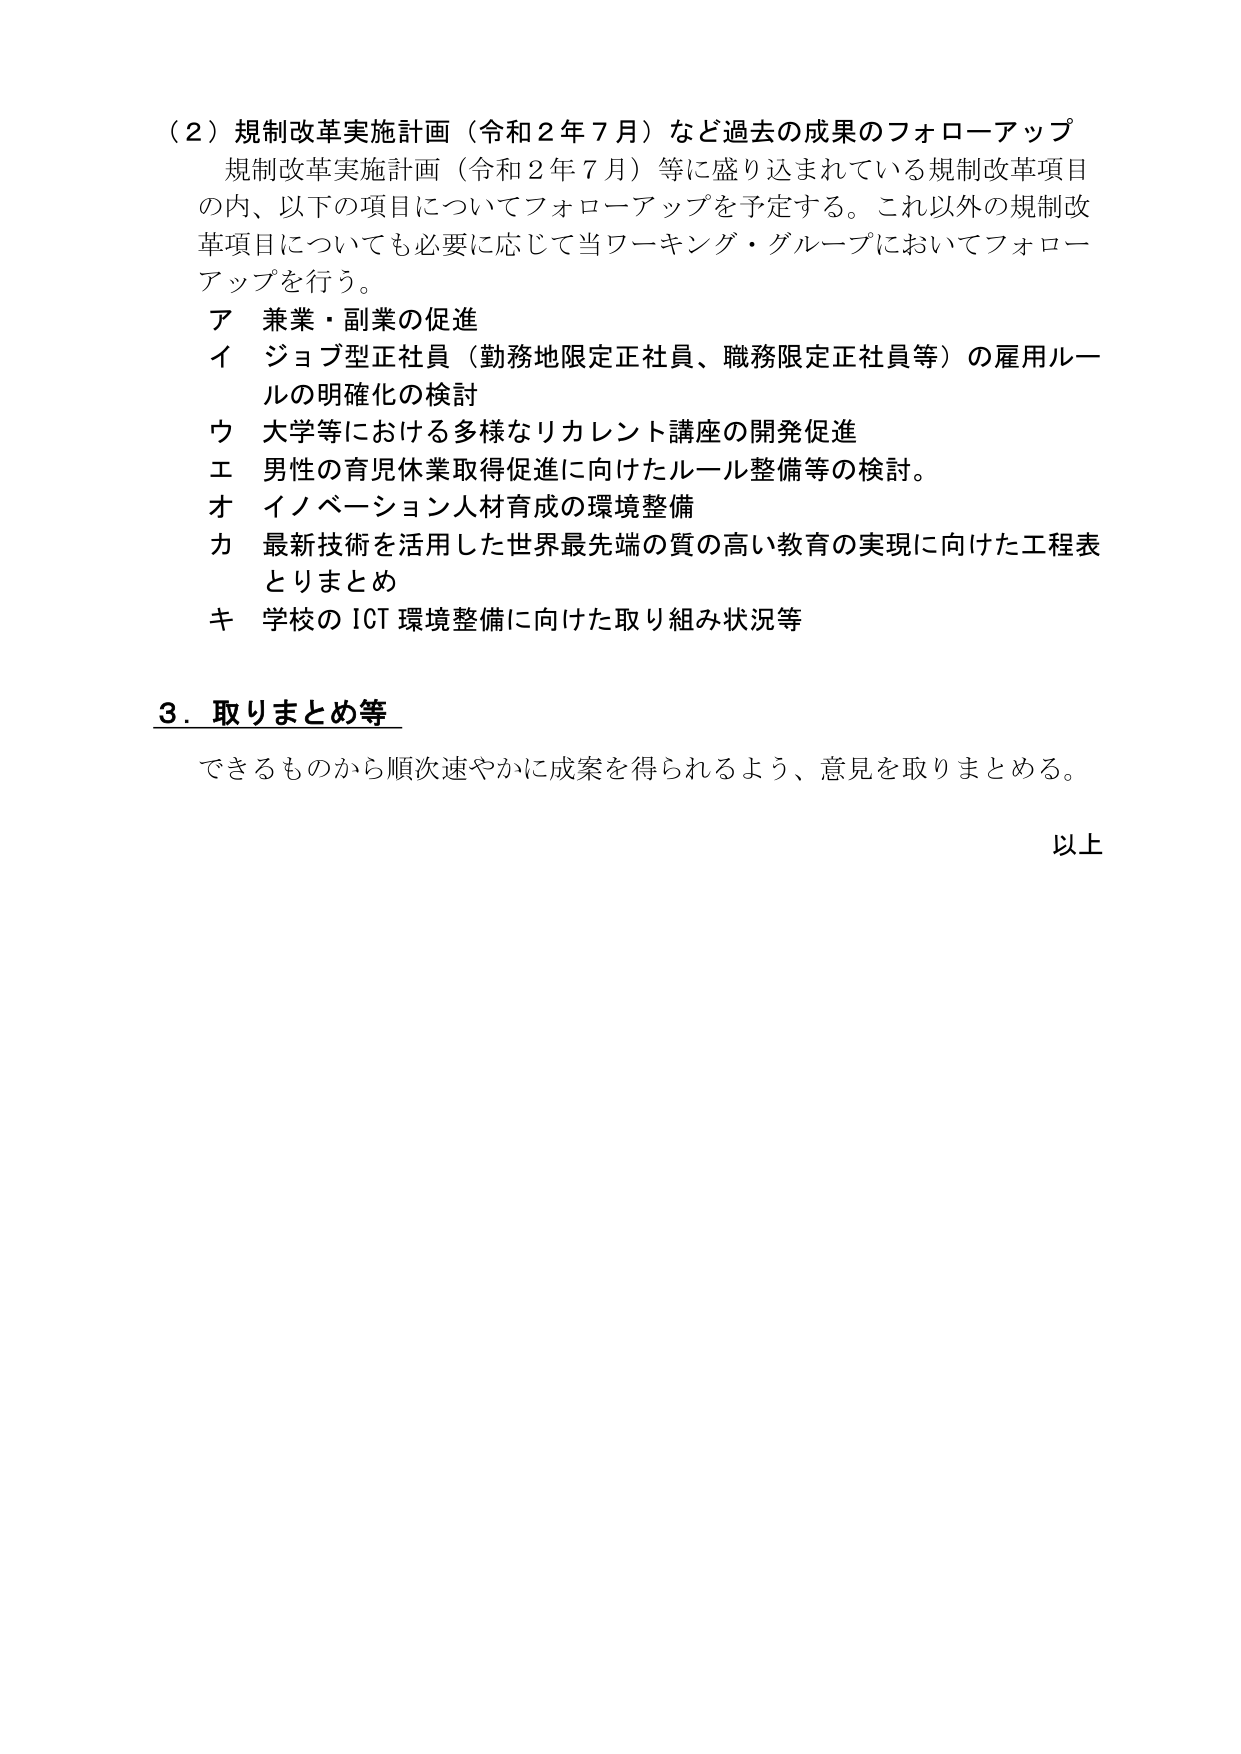
（２）規制改革実施計画（令和２年７月）など過去の成果のフォローアップ
規制改革実施計画（令和２年７月）等に盛り込まれている規制改革項目
の内、以下の項目についてフォローアップを予定する。これ以外の規制改
革項目についても必要に応じて当ワーキング・グループにおいてフォロー
アップを行う。
ア 兼業・副業の促進
イ ジョブ型正社員（勤務地限定正社員、職務限定正社員等）の雇用ルー
ルの明確化の検討
ウ 大学等における多様なリカレント講座の開発促進
エ 男性の育児休業取得促進に向けたルール整備等の検討。
オ イノベーション人材育成の環境整備
カ 最新技術を活用した世界最先端の質の高い教育の実現に向けた工程表
とりまとめ
キ 学校の ICT 環境整備に向けた取り組み状況等

３．取りまとめ等
できるものから順次速やかに成案を得られるよう、意見を取りまとめる。

以上